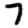
Digit: 7